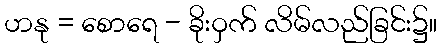
ဟနု = စောရေ - ခိုးဝှက် လိမ်လည်ခြင်း၌။